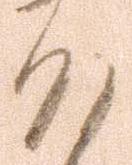
そ